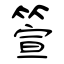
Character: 箮